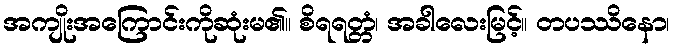
အကျိုးအကြောင်းကိုဆုံးမ၏။ စိရရတ္တံ၊ အခါလေးမြင့်။ တပဿိနော၊